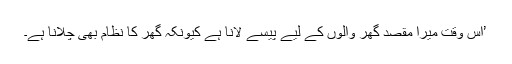
’اس وقت میرا مقصد گھر والوں کے لیے پیسے لانا ہے کیونکہ گھر کا نظام بھی چلانا ہے۔